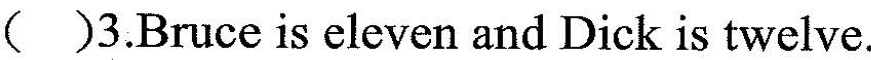
（ ）3.Bruce is eleven and Dick is twelve.